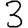
Digit: 3